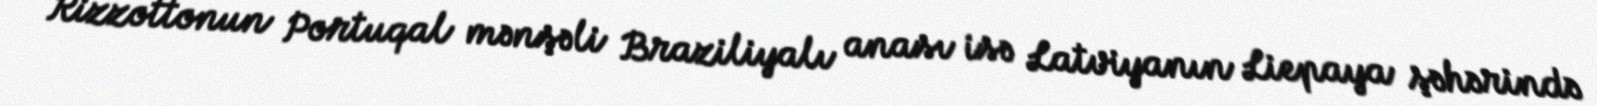
Rizzottonun Portuqal mənşəli Braziliyalı anası isə Latviyanın Liepaya şəhərində